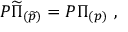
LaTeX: { \cal P } \widetilde \Pi _ { ( \widetilde p ) } = { \cal P } \Pi _ { ( p ) } \ ,